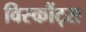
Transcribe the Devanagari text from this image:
विस्कौंट्स